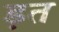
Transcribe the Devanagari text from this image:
ड़त